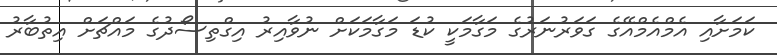
ކަމަށާއި އެމްއެމްއޭގެ ގަވަރުނަރުގެ މަގާމަކީ ކުޑަ މަގާމަކަށް ނުވާއިރު އިގްތިސޯދުގެ މައްޗަށް އިތުބާރު